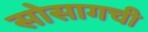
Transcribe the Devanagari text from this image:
सोसागची